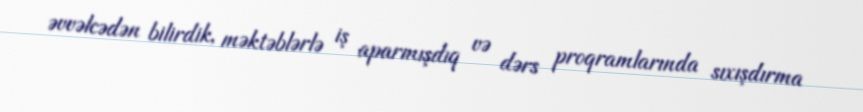
əvvəlcədən bilirdik, məktəblərlə iş aparmışdıq və dərs proqramlarında sıxışdırma